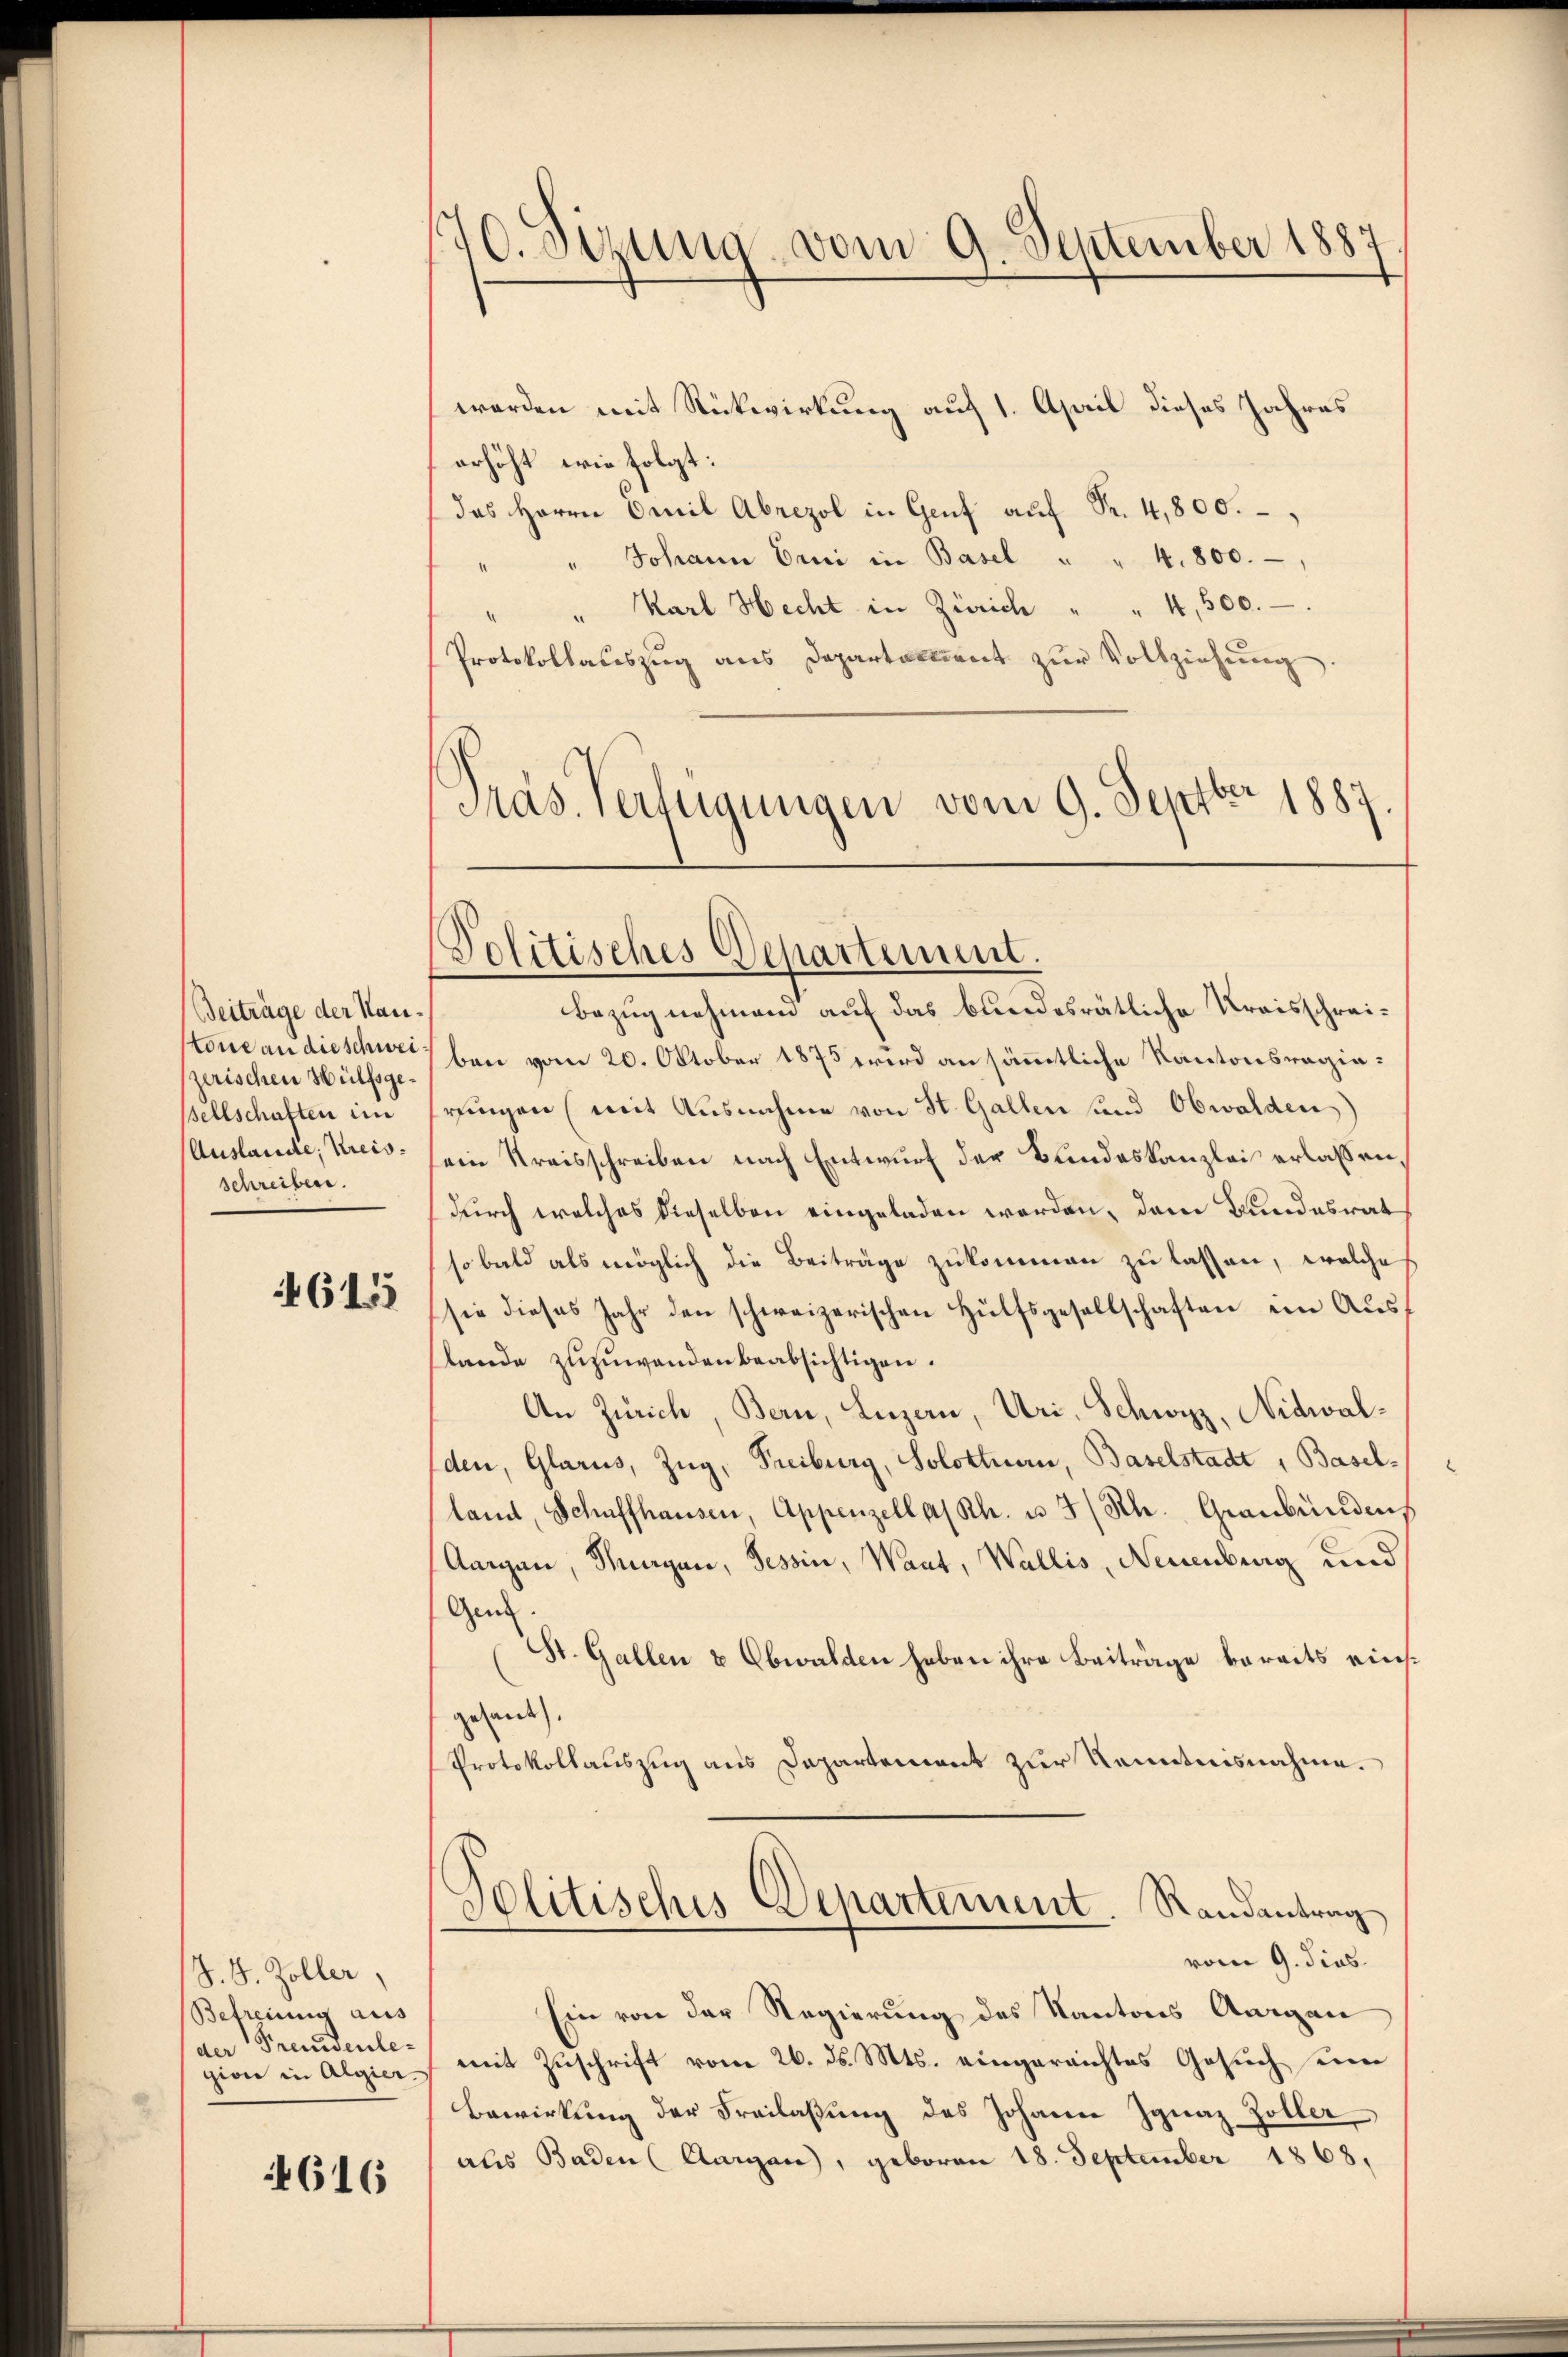
Beiträge der Hautone an die schweizerischen Hülfsgesellschaften im
Auslande, Kreisschreiben.

615

S. S. Zoller,
Betreuung aus
der Fremdenle-
gion in Algier

4616

170. Sirna, vom 9. September 1887

werden mit Rückwirkung auf 1. April dieses Jahres
erhöht wie folgt:
das Herrn Omnil Abrezol in Genf auf Fr. 4,800.
Johann Erni in Basel " " 4. 800.
d
Karl Hecht in Zürich " " 4,500.
Protokollauszug aus Departement zur Vollziehung.
Präs. Verfügungen vom 9. Septber 1887.

Politisches Departemum.

Bezug nehmen auf das bundesrätliche Kreisschreiben vom 20. October 1875 wird an sämmtliche Kantonsregiesrungen (mit Ausnahme von St. Gallen und Obwalden)
ein Kreisschreiben nach Entwurf der Bundeskanzlei erlassen,
durch welches dieselben eingeladen worden, dem Bundesrat
so bald als möglich die Beiträge zukommen zu lassen, welche
sie dieses Jahr den schweizerischen Hülfsgesellschaften im Ausslande zuzuwenden beabsichtigen.
An Zürich, Bern, Luzern, Uri, Schwyz, Nidwalden, Glarus, Zug, Freiburg, Solottnau, Baselstadt, Baselland, Schaffhausen, Appenzell a/Rh. u 3/Rh. Graubündens
Aargau, Mengen, Tessin, Waat, Wallis, Neuenburg und
Gen.
St. Gallen & Obwalden haben ihre Beitrage bereits einsgesandte).
Protokollauszug aus Dapartement zur Kenntnisnahme.
Politisches Departement. Randantrag
vom 9. dies
Ein von der Regierung des Kantons Aargau
mit Zuschrift vom 26. ds. Mts. eingereichtes Gesuch seine
Bewirkung der Freilassung des Johann Ignaz Zöller
als Baden (Aargau, geboren 18. September 1868.